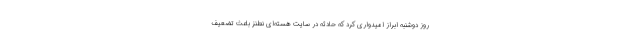
روز دوشنبه ابراز امیدواری کرد که حادثه در سایت هسته‌ای نطنز باعث تضعیف